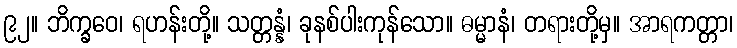
၉၂။ ဘိက္ခဝေ၊ ရဟန်းတို့။ သတ္တန္နံ၊ ခုနစ်ပါးကုန်သော။ ဓမ္မာနံ၊ တရားတို့မှ။ အာရကတ္တာ၊